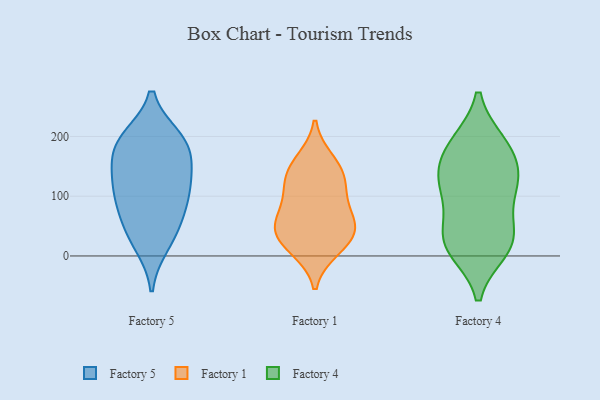
{"axis": {"x": "Satisfaction Score", "y": "Value"}, "legend": ["Factory 1", "Factory 4", "Factory 5"], "data": [{"x": "", "y": 38, "type": "Factory 5"}, {"x": "", "y": 96, "type": "Factory 5"}, {"x": "", "y": 186, "type": "Factory 5"}, {"x": "", "y": 125, "type": "Factory 5"}, {"x": "", "y": 196, "type": "Factory 5"}, {"x": "", "y": 193, "type": "Factory 5"}, {"x": "", "y": 146, "type": "Factory 5"}, {"x": "", "y": 20, "type": "Factory 5"}, {"x": "", "y": 61, "type": "Factory 5"}, {"x": "", "y": 90, "type": "Factory 5"}, {"x": "", "y": 124, "type": "Factory 5"}, {"x": "", "y": 180, "type": "Factory 5"}, {"x": "", "y": 52, "type": "Factory 1"}, {"x": "", "y": 144, "type": "Factory 1"}, {"x": "", "y": 19, "type": "Factory 1"}, {"x": "", "y": 131, "type": "Factory 1"}, {"x": "", "y": 112, "type": "Factory 1"}, {"x": "", "y": 93, "type": "Factory 1"}, {"x": "", "y": 47, "type": "Factory 1"}, {"x": "", "y": 40, "type": "Factory 1"}, {"x": "", "y": 159, "type": "Factory 1"}, {"x": "", "y": 60, "type": "Factory 1"}, {"x": "", "y": 12, "type": "Factory 1"}, {"x": "", "y": 188, "type": "Factory 4"}, {"x": "", "y": 94, "type": "Factory 4"}, {"x": "", "y": 137, "type": "Factory 4"}, {"x": "", "y": 36, "type": "Factory 4"}, {"x": "", "y": 21, "type": "Factory 4"}, {"x": "", "y": 185, "type": "Factory 4"}, {"x": "", "y": 11, "type": "Factory 4"}, {"x": "", "y": 183, "type": "Factory 4"}, {"x": "", "y": 16, "type": "Factory 4"}, {"x": "", "y": 136, "type": "Factory 4"}, {"x": "", "y": 39, "type": "Factory 4"}, {"x": "", "y": 114, "type": "Factory 4"}, {"x": "", "y": 125, "type": "Factory 4"}]}